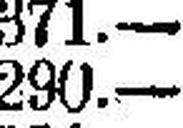
290.—